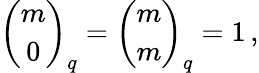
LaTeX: {\binom{m}{0}}_{q}={\binom{m}{m}}_{q}=1\, ,